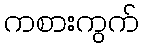
ကစားကွက်